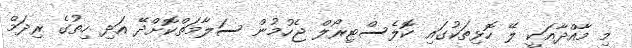
މި މާއްދާއަކީ ލޭ ހޮޅިތަކުގައި ކޮލެސްޓިރޯލް ޖެހުމުން ސަލާމަތްކޮށްދޭ އަދި ހިތުގެ ރިދަމް